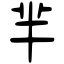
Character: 羋